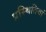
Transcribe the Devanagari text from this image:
प्रस्थितियां